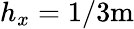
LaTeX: h_{x}=1/3\mathrm{m}